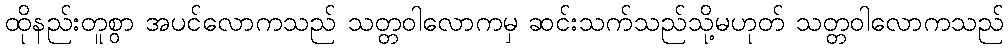
ထိုနည်းတူစွာ အပင်လောကသည် သတ္တဝါလောကမှ ဆင်းသက်သည်သို့မဟုတ် သတ္တဝါလောကသည်